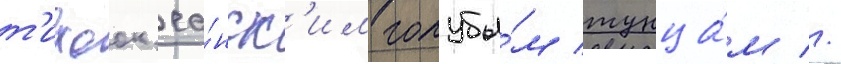
т'ихоок'еа́нск'им голубы́м тунца́м //